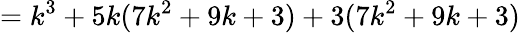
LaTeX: =k^{3}+5k(7k^{2}+9k+3)+3(7k^{2}+9k+3)